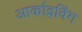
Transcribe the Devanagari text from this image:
आर्काइविंग